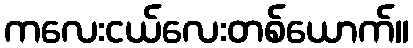
ကလေးငယ်လေးတစ်ယောက်။